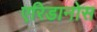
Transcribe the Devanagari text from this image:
एरिडानोस